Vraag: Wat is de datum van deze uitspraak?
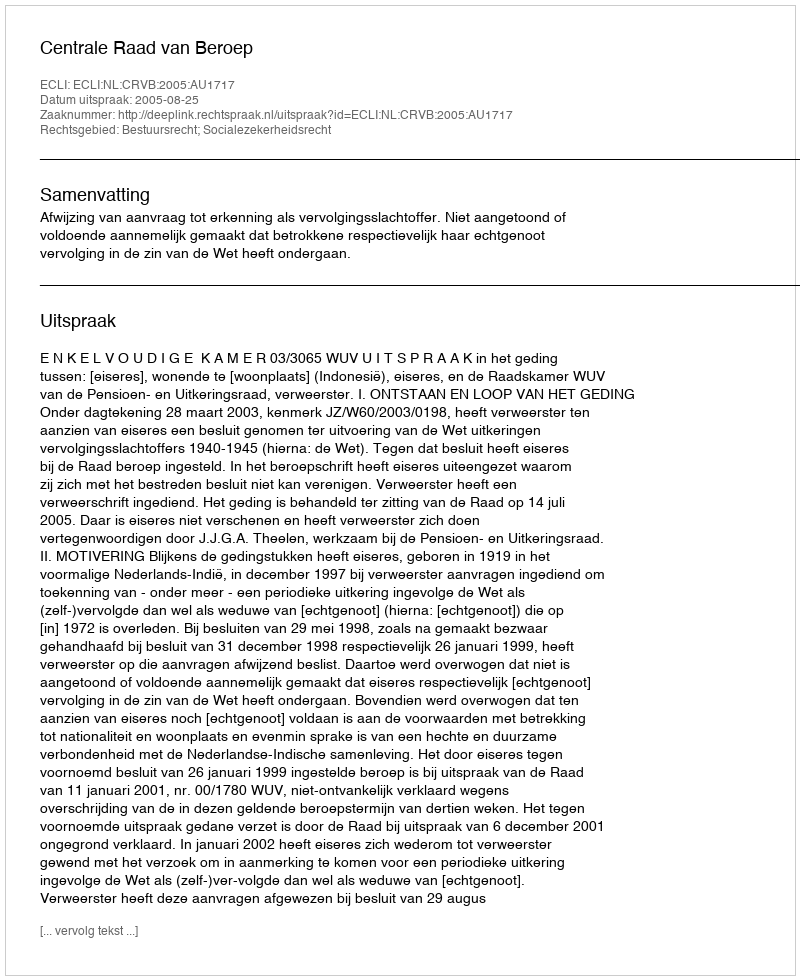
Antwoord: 2005-08-25